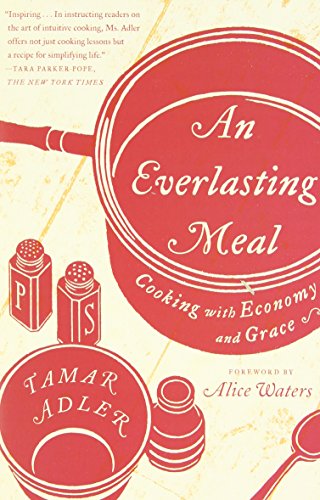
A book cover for An Everlasting Meal: Cooking with Economy and Grace; Tamar Adler; Cookbooks, Food & Wine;